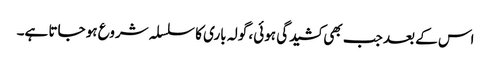
اس کے بعد جب بھی کشیدگی ہوئی، گولہ باری کا سلسلہ شروع ہو جاتا ہے۔